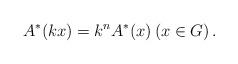
LaTeX: \begin{align*} A^{\ast}(kx)=k^{n}A^{\ast}(x) \left(x\in G\right).\end{align*}